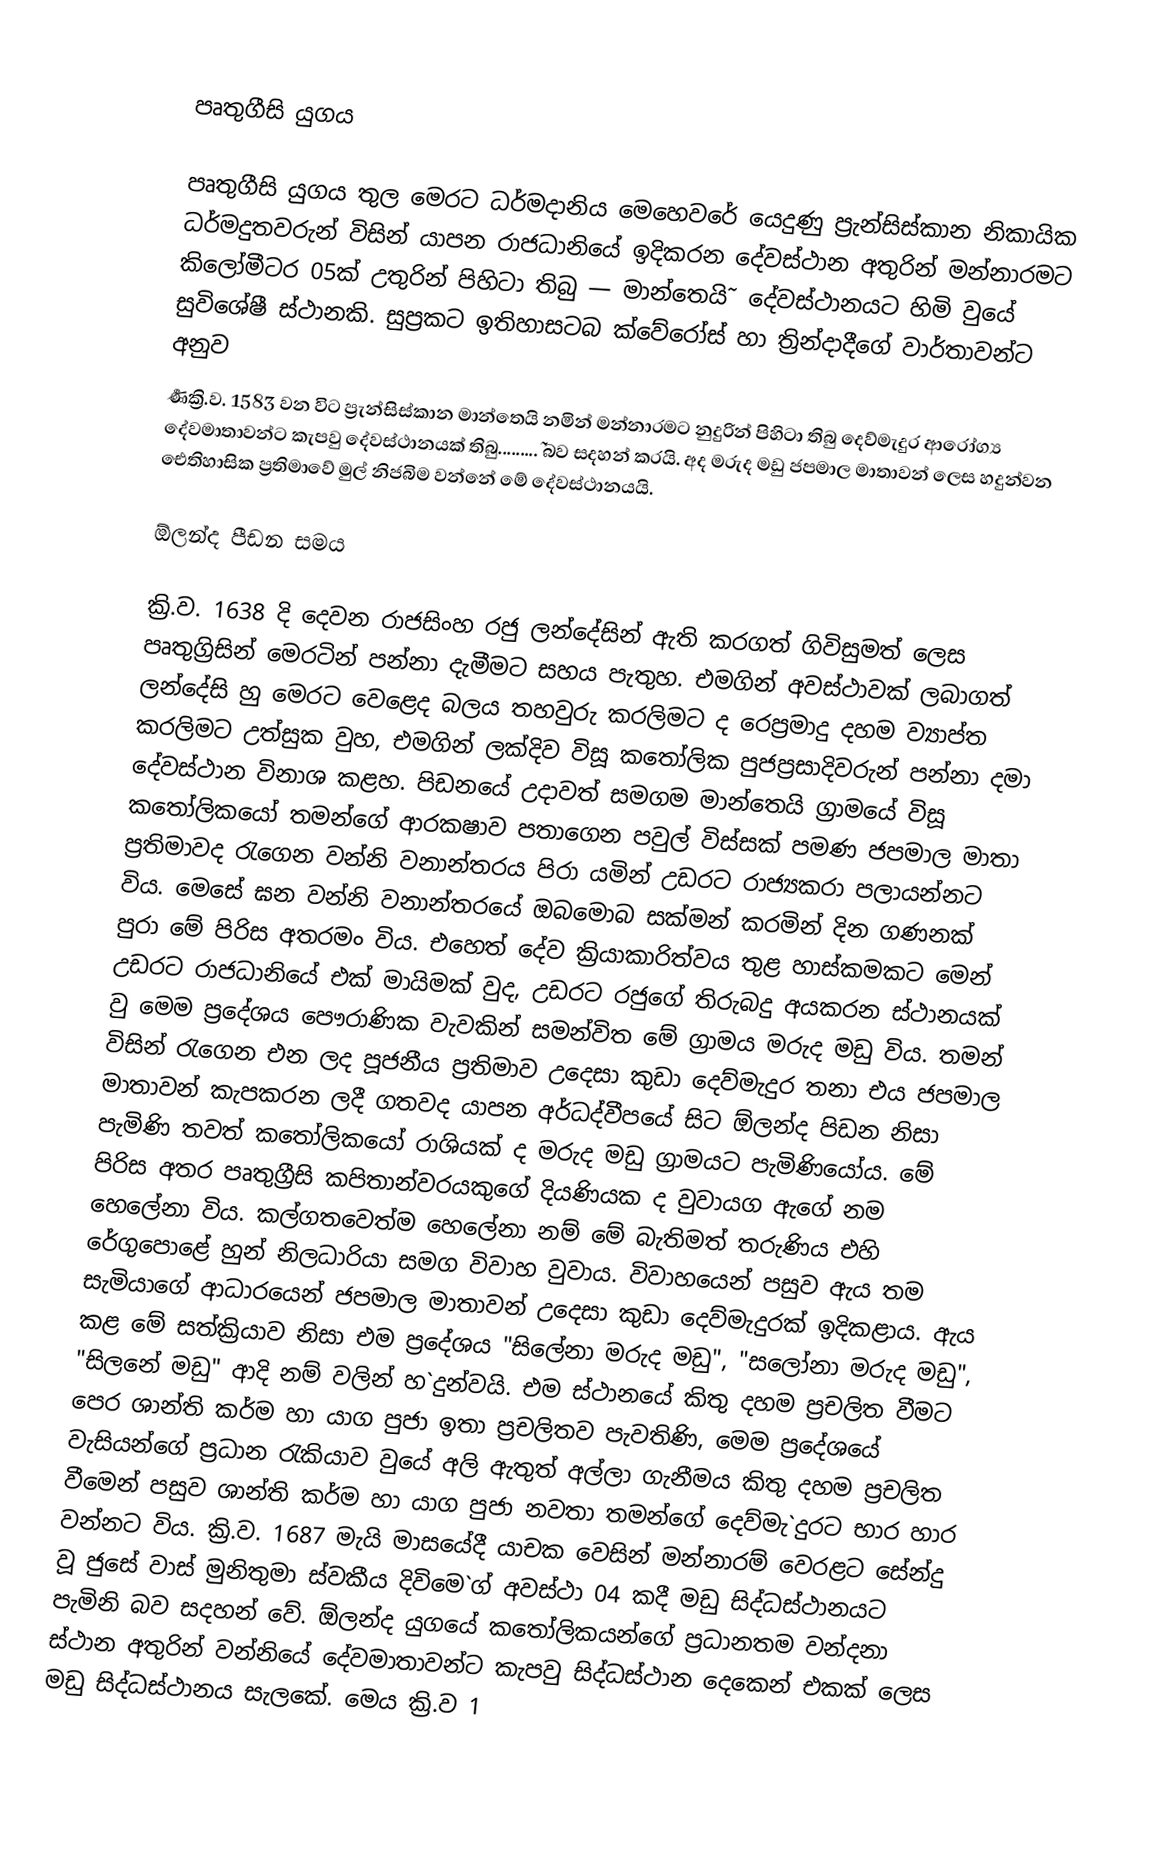

පෘතුගීසි යුගය

පෘතුගීසි යුගය තුල මෙරට ධර්මදානිය මෙහෙවරේ යෙදුණු ප්‍රැන්සිස්කාන නිකායික ධර්මදුතවරුන් විසින් යාපන රාජධානියේ ඉදිකරන දේවස්ථාන අතුරින් මන්නාරමට කිලෝමීටර 05ක් උතුරින් පිහිටා තිබු — මාන්තෙයි˜ දේවස්ථානයට හිමි වුයේ සුවිශේෂී ස්ථානකි. සුප්‍රකට ඉතිහාසටබ ක්වේරෝස් හා ත්‍රින්දාදීගේ වාර්තාවන්ට අනුව
ර්‍ණක්‍රි.ව. 1583 වන විට ප්‍රැන්සිස්කාන  මාන්තෙයි නමින් මන්නාරමට නුදුරින් පිහිටා තිබු දෙව්මැදුර ආරෝග්‍ය දේවමාතාවන්ට කැපවු දේවස්ථානයක් තිබු.........˜ බව සදහන් කරයි. අද මරුද මඩු ජපමාල මාතාවන් ලෙස හදුන්වන ඓතිහාසික ප්‍රතිමාවේ මුල් නිජබිම වන්නේ මේ දේවස්ථානයයි.

ඕලන්ද පීඩන සමය

ක්‍රි.ව. 1638 දි දෙවන රාජසිංහ රජු ලන්දේසින් ඇති කරගත් ගිවිසුමත් ලෙස පෘතුග්‍රිසින් මෙරටින් පන්නා දැමීමට සහය පැතුහ. එමගින් අවස්ථාවක් ලබාගත් ලන්දේසි හු මෙරට වෙළෙද බලය තහවුරු කරලිමට ද රෙප්‍රමාදු දහම ව්‍යාප්ත කරලිමට උත්සුක වුහ, එමගින් ලක්දිව විසූ කතෝලික පුජප්‍රසාදිවරුන් පන්නා දමා දේවස්ථාන විනාශ කළහ. පිඩනයේ උදාවත් සමගම මාන්තෙයි ග්‍රාමයේ විසූ කතෝලිකයෝ තමන්ගේ ආරක‍ෂාව පතාගෙන පවුල් විස්සක් පමණ ජපමාල මාතා ප්‍රතිමාවද රැගෙන වන්නි වනාන්තරය පිරා යමින් උඩරට රාජ්‍යකරා පලායන්නට විය. මෙසේ ඝන වන්නි වනාන්තරයේ ඔබමොබ සක්මන් කරමින් දින ගණනක් පුරා මේ පිරිස අතරමං විය. එහෙත් දේව ක්‍රියාකාරිත්වය තුළ හාස්කමකට මෙන් උඩරට රාජධානියේ එක් මායිමක් වුද, උඩරට රජුගේ තිරුබදු අයකරන ස්ථානයක් වු මෙම ප්‍රදේශය පෞරාණික වැවකින් සමන්විත මේ ග්‍රාමය මරුද මඩු විය. තමන් විසින් රැගෙන එන ලද පූජනීය ප්‍රතිමාව උදෙසා කුඩා දෙව්මැදුර තනා එය ජපමාල මාතාවන් කැපකරන ලදී ගතවද යාපන අර්ධද්වීපයේ සිට ඕලන්ද පිඩන නිසා පැමිණි තවත් කතෝලිකයෝ රාශියක් ද මරුද මඩු ග්‍රාමයට පැමිණියෝය. මේ පිරිස අතර පෘතුග්‍රීසි කපිතාන්වරයකුගේ දියණියක ද වුවායග ඇගේ නම හෙලේනා විය. කල්ගතවෙත්ම හෙලේනා නම් මේ බැතිමත් තරුණිය එහි රේගුපොළේ හුන් නිලධාරියා සමග විවාහ වුවාය. විවාහයෙන් පසුව ඇය තම සැමියාගේ ආධාරයෙන් ජපමාල මාතාවන් උදෙසා කුඩා දෙව්මැදුරක් ඉදිකළාය. ඇය කළ මේ සත්ක්‍රියාව නිසා එම ප්‍රදේශය "සිලේනා මරුද මඩු", "සලෝනා මරුද මඩු", "සිලනේ මඩු" ආදි නම් වලින් හ`දුන්වයි. එම ස්ථානයේ කිතු දහම ප්‍රචලිත වීමට පෙර ශාන්ති කර්ම හා යාග පුජා ඉතා ප්‍රචලිතව පැවතිණි, මෙම ප්‍රදේශයේ වැසියන්ගේ ප්‍රධාන රැකියාව වුයේ අලි ඇතුත් අල්ලා ගැනීමය කිතු දහම ප්‍රචලිත වීමෙන් පසුව ශාන්ති කර්ම හා යාග පුජා නවතා තමන්ගේ දෙව්මැ`දුරට භාර හාර වන්නට විය. ක්‍රි.ව. 1687 මැයි මාසයේදී යාචක වෙසින් මන්නාරම් වෙරළට සේන්දු වූ ජුසේ වාස් මුනිතුමා ස්වකීය දිවිමෙ`ග් අවස්ථා 04 කදී මඩු සිද්ධස්ථානයට  පැමිනි බව සදහන් වේ. ඕලන්ද යුගයේ කතෝලිකයන්ගේ ප්‍රධානතම වන්දනා ස්ථාන අතුරින් වන්නියේ දේවමාතාවන්ට කැපවු සිද්ධස්ථාන දෙකෙන් එකක් ලෙස මඩු සිද්ධස්ථානය සැලකේ. මෙය ක්‍රි.ව 1